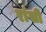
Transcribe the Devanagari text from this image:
रांसी